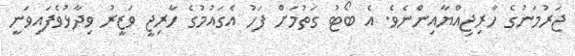
ޖަރުމަނުގެ ހާރިޖިއްޔާއިންނެވެ. އެ ބޯޓު ގަތުމަށް ފަހު އެގައުމުގެ ހާރިޖީ ވަޒީރު ވިދާޅުވެފައިވަނީ